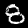
Digit: 8